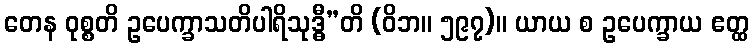
တေန ဝုစ္စတိ ဥပေက္ခာသတိပါရိသုဒ္ဓီ”တိ (ဝိဘ။ ၅၉၇)။ ယာယ စ ဥပေက္ခာယ ဧတ္ထ